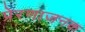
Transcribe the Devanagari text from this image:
प्रेरणाजनक